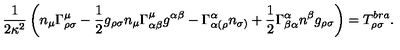
\frac { 1 } { 2 \kappa ^ { 2 } } \left( n _ { \mu } \Gamma _ { \rho \sigma } ^ { \mu } - \frac { 1 } { 2 } g _ { \rho \sigma } n _ { \mu } \Gamma _ { \alpha \beta } ^ { \mu } g ^ { \alpha \beta } - \Gamma _ { \alpha ( \rho } ^ { \alpha } n _ { \sigma ) } + \frac { 1 } { 2 } \Gamma _ { \beta \alpha } ^ { \alpha } n ^ { \beta } g _ { \rho \sigma } \right) = T _ { \rho \sigma } ^ { b r a } .